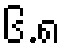
၆.၈